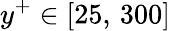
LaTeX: y^{+}\in[25,\, 300]